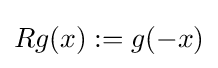
Rg(x):=g(-x)